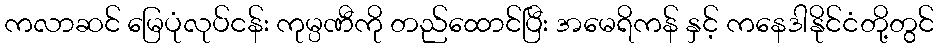
ကလာဆင် မြေပုံလုပ်ငန်း ကုမ္ပဏီကို တည်ထောင်ပြီး အမေရိကန် နှင့် ကနေဒါနိုင်ငံတို့တွင်